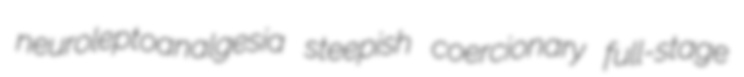
neuroleptoanalgesia steepish coercionary full-stage